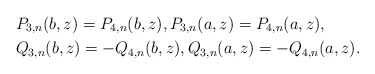
\begin{align*} & P_{3,n}(b,z)=P_{4,n}(b,z), P_{3,n}(a,z)=P_{4,n}(a,z),\\ & Q_{3,n}(b,z)=-Q_{4,n}(b,z),Q_{3,n}(a,z)=-Q_{4,n}(a,z). \end{align*}